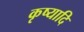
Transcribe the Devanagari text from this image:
कृष्यादि